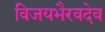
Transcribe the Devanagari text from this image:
विजयभैरवदेव